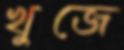
খুজে